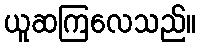
ယူဆကြလေသည်။